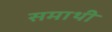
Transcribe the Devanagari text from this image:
समाथी